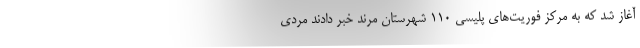
آغاز شد که به مرکز فوریت‌های پلیسی 110 شهرستان مرند خبر دادند مردی